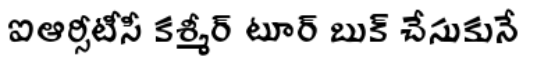
ఐఆర్సీటీసీ కశ్మీర్ టూర్ బుక్ చేసుకునే